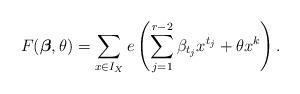
LaTeX: \begin{align*}F(\boldsymbol{\beta}, \theta) = \sum_{x \in I_X } e \left( \sum_{j=1}^{r-2} \beta_{t_j} x^{t_j} + \theta x^k \right).\end{align*}